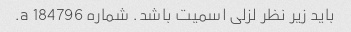
باید زیر نظر لزلی اسمیت باشد. شماره 184796 a.